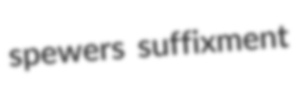
spewers suffixment